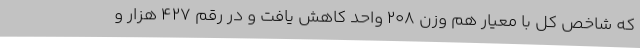
که شاخص کل با معیار هم وزن ۲۰۸ واحد کاهش یافت و در رقم ۴۲۷ هزار و